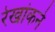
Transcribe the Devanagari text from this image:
रेखांकने